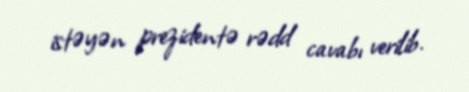
istəyən prezidentə rədd cavabı verilib.